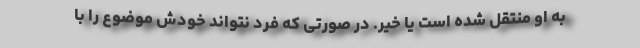
به او منتقل شده است یا خیر. در صورتی که فرد نتواند خودش موضوع را با